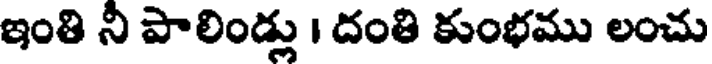
ఇంతి ని పాలిండ్లు । దంతి కుంభము లంచు